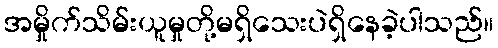
အမှိုက်သိမ်းယူမှုတို့မရှိသေးပဲရှိနေခဲ့ပါသည်။